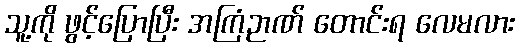
သူ့ကို ဖွင့်ပြောပြီး အကြံဉာဏ် တောင်းရ လေမလား